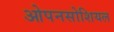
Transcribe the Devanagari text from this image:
ओपनसोशियल